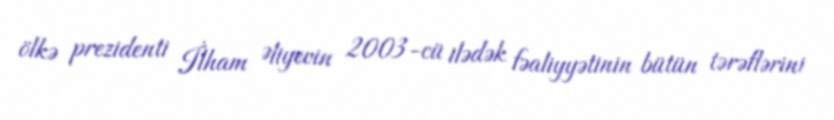
ölkə prezidenti İlham Əliyevin 2003-cü ilədək fəaliyyətinin bütün tərəflərini